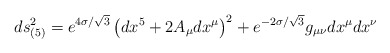
\begin{align*}ds_{(5)}^2 = e^{4\sigma/\sqrt{3}}\left(dx^5+2A_\mu dx^\mu\right)^2 +e^{-2\sigma/\sqrt{3}}g_{\mu\nu}dx^\mu dx^\nu\end{align*}